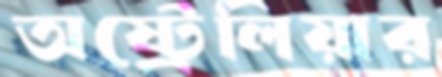
অষ্ট্রেলিয়ার